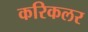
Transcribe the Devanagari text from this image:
करिकलर